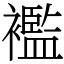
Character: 襤